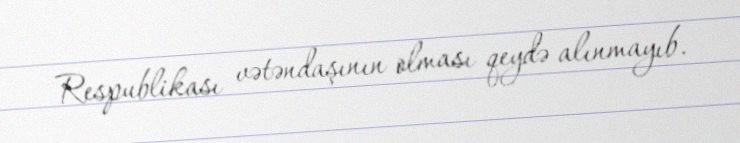
Respublikası vətəndaşının olması qeydə alınmayıb.